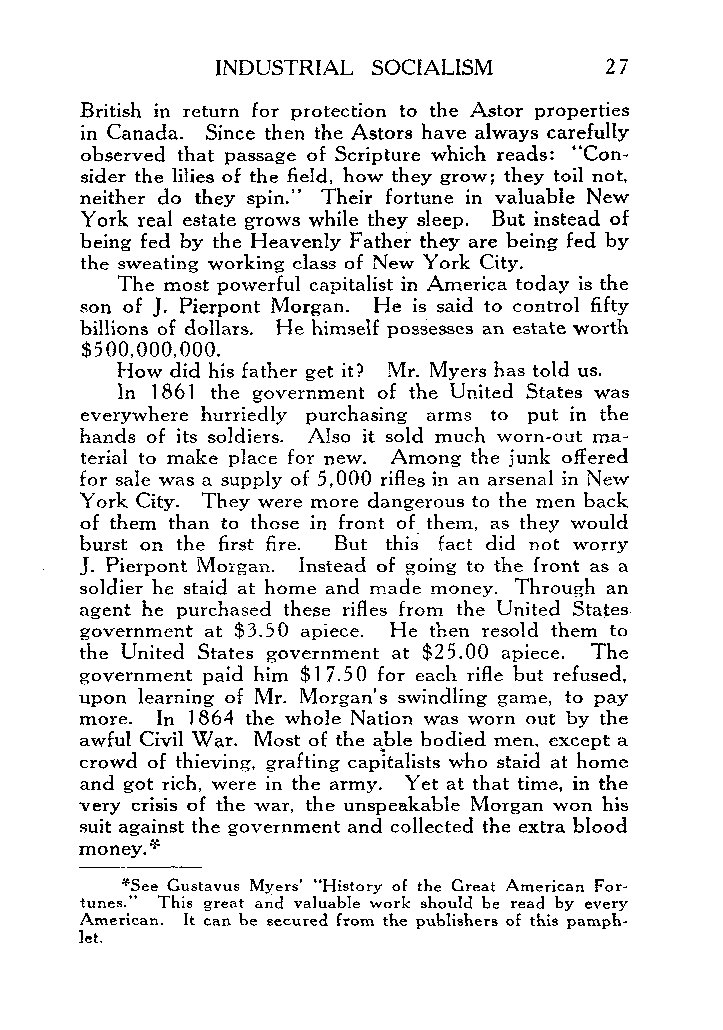
INDUSTRIAL SOCIALISM      27
 British in return for protection to the Astor properties
 in Canada. Since then the Astors have always carefully
 observed that passage of Scripture which reads: “Con-
 sider the lilies of the field, how they grow; they toil not,
 neither do they spin.” Their fortune in valuable New
 York real estate grows while they sleep. But instead of
 being fed by the Heavenly Father they are being fed by
 the sweating working class of New York City.
 The most powerful capitalist in America today is the
 son of J. Pierpont Morgan. He is said to control fifty
 billions of dollars. He himself possesses an estate worth
 $500,000,000.
 How did his father get it? ,Mr. Myers has told us.
 In 1861 the government of the United States was
 everywhere hurriedly purchasing arms to put in the
 hands of its soldiers. Also it sold much worn-out ma-
 terial to make place for new. Among the junk offered
 for sale was a supply of 5,000 rifles in an arsenal in New
 York City. They were more dangerous to the men back
 of them than to those in front of them, as they would
 burst on the first fire. But this fact did not worry
 J. Pierpont Morgan. Instead of going to the front as a
 soldier he staid at home and made money. Through an
 agent he purchased these rifles from the United States.
 government at $3.50 apiece. He then resold them to
 the United States government at $25.00 apiece. The
 government paid him $17.50 for each rifle but refused,
 upon learning of Mr. Morgan’s swindling game, to pay
 more. In 1864 the whole Nation was worn out by the
 awful Civil War. Most of the able bodied men, except a
 crowd of thieving, grafting capitalists who staid at home
 and got rich, were in the army. Yet at that time, in the
 very crisis of the war, the unspeakable Morgan won his
 suit against the government and collected the extra blood
 money. *
 *see Custavus
 Myers ’ “History of the Great American For-
 tunes: This great and valuable work should be read by every
 American. It can be secured from the publishers of this pamph-
 let.